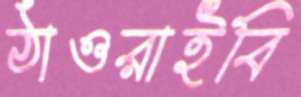
ঠাওরাইবি